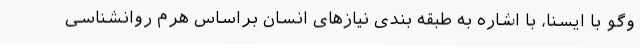
وگو با ایسنا، با اشاره به طبقه بندی نیازهای انسان براساس هرم روانشناسی